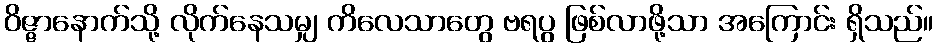
ဝိဇ္ဇာနောက်သို့ လိုက်နေသမျှ ကိလေသာတွေ ဗရပွ ဖြစ်လာဖို့သာ အကြောင်း ရှိသည်။